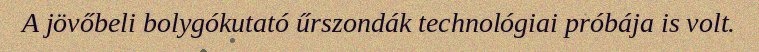
A jövőbeli bolygókutató űrszondák technológiai próbája is volt.